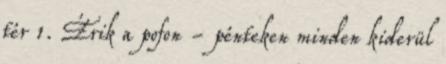
tér 1. Érik a pofon - pénteken minden kiderül